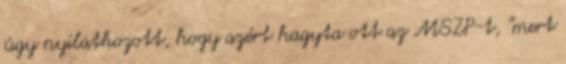
úgy nyilatkozott, hogy azért hagyta ott az MSZP-t, "mert